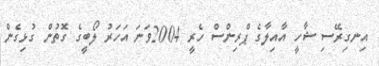
އިނގިރޭސި ޝާހީ އާއިލާގެ ޕްރިންސް ހެރީ 2004ވަނަ އަހަރު ލޯބީީގެ ގޮތުން ގުޅިގެން